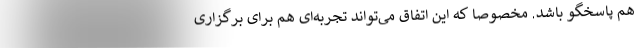
هم پاسخگو باشد. مخصوصاً که این اتفاق می‌تواند تجربه‌ای هم برای برگزاری